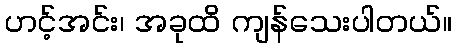
ဟင့်အင်း၊ အခုထိ ကျန်သေးပါတယ်။